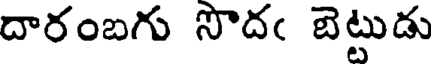
దారంబగు సొదఁ బెట్టుడు